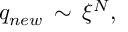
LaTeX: q _ { n e w } \, \sim \, \xi ^ { N } ,